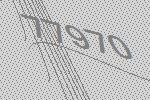
77970